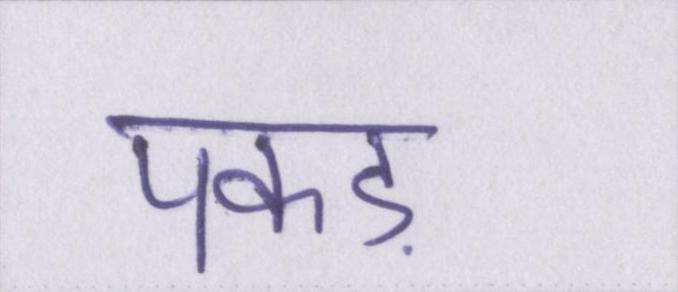
पकड़